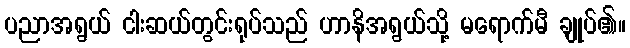
ပညာအရွယ် ငါးဆယ်တွင်းရုပ်သည် ဟာနိအရွယ်သို့ မရောက်မီ ချုပ်၏။